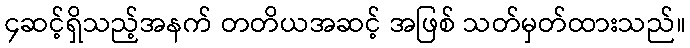
၄ဆင့်ရှိသည့်အနက် တတိယအဆင့် အဖြစ် သတ်မှတ်ထားသည်။